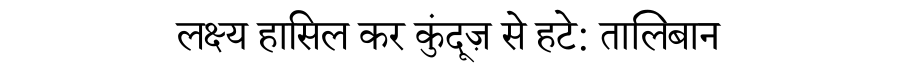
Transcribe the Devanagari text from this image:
लक्ष्य हासिल कर कुंदूज़ से हटे: तालिबान